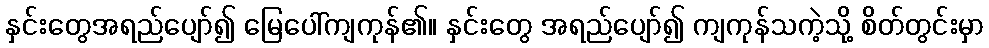
နှင်းတွေအရည်ပျော်၍ မြေပေါ်ကျကုန်၏။ နှင်းတွေ အရည်ပျော်၍ ကျကုန်သကဲ့သို့ စိတ်တွင်းမှာ